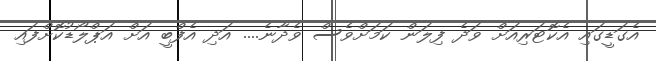
އެގަޑީގައި އެކޮޓަރިއަށް ވަދެ ފިލަން ކަމަށްވެސް ވެދާނެ.... އަދި އެފްބީ އަށް އަޕްލޯޑުކޮށްފައި